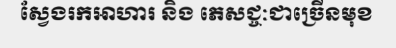
ស្វែងរកអាហារ និង ភេសជ្ចៈជាច្រើនមុខ